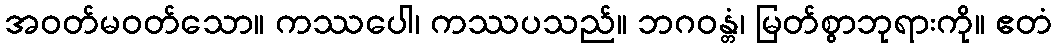
အဝတ်မဝတ်သော။ ကဿပေါ၊ ကဿပသည်။ ဘဂဝန္တံ၊ မြတ်စွာဘုရားကို။ ဧတံ